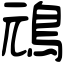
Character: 䲮